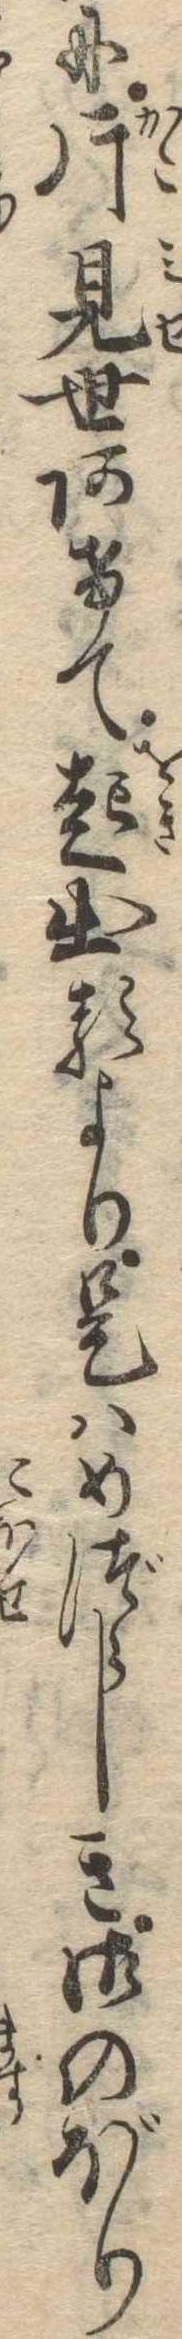
に片見世あけて起出るより是はめづらしき御のぼり